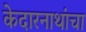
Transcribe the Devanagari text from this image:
केदारनाथांचा